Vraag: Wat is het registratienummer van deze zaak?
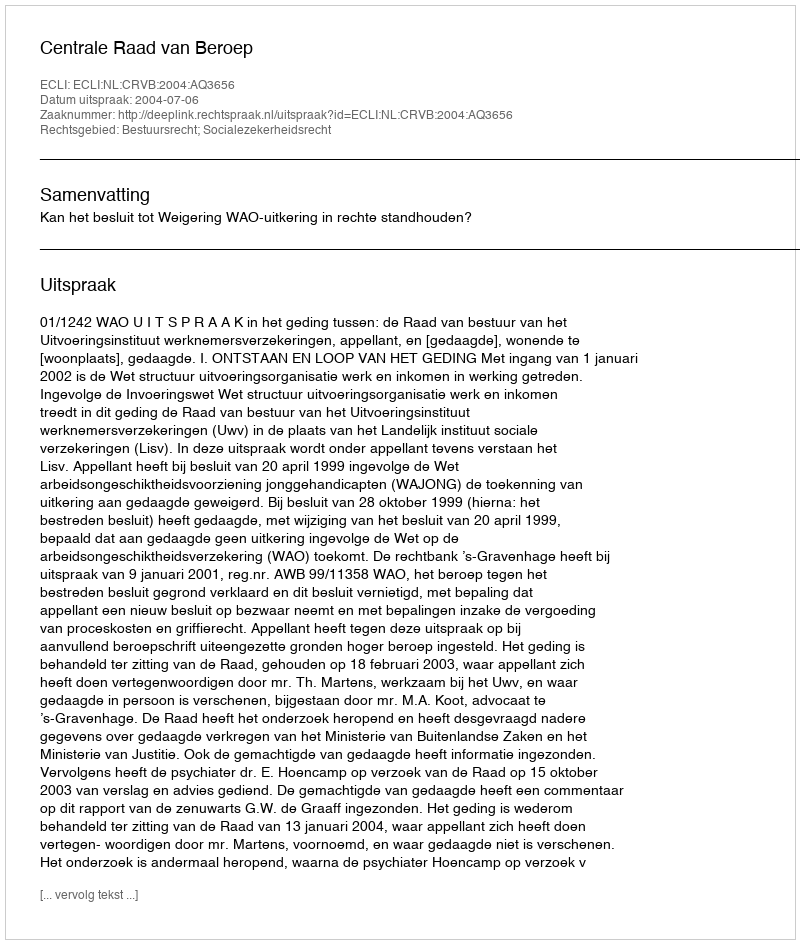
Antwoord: http://deeplink.rechtspraak.nl/uitspraak?id=ECLI:NL:CRVB:2004:AQ3656